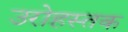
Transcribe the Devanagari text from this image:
उरोहस्तक